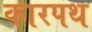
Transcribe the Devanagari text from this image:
कारपथ